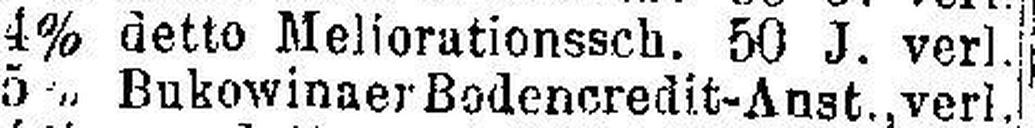
4% detto Meliorationssch. 50 J. verl.